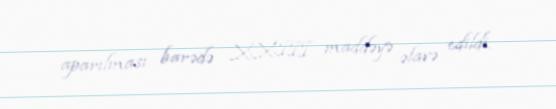
aparılması barədə XXIII maddəyə əlavə edildi.